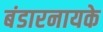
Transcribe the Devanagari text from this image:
बंडारनायके